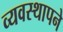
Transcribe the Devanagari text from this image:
व्यवस्थापने